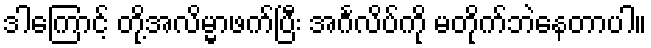
ဒါကြောင့် တို့အလိမ္မာဖက်ပြီး အင်္ဂလိပ်ကို မတိုက်ဘဲနေတာပါ။